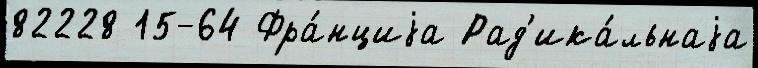
82228 15-64 Фра́нциjа Рад'ика́льнаjа